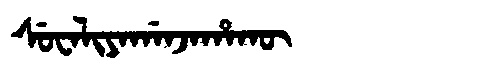
Manchu: ᠰᡠᠸᠠᠯᡳᠶᠠᡤᠠᠨᠵᠠᡥᠠᡴᡡ
Romanization: SUWALIYAGANJAHAKŪ